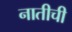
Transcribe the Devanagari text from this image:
नातीची